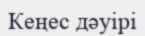
Кеңес дәуірі